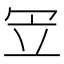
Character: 𠖃